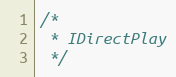
Language: C
/*
 * IDirectPlay
 */